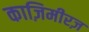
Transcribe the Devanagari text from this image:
काज़िमीरज़